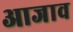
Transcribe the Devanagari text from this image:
आजाव